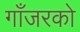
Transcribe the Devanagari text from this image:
गाँजरको